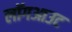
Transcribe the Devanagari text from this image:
लॉगआउट